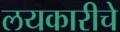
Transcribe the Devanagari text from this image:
लयकारीचे